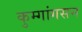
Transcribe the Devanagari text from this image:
कुम्गांगसन